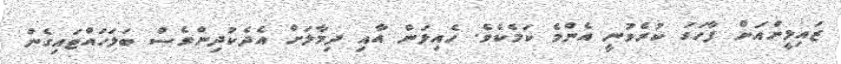
ޒައިލީންއަށް ފާހަގަ ކުރެވުނީ އެންމެ ކަމެކެވެ. ހެއިލަން އާއި ދިމާލަށް އެދެކުދިންވެސް ބަލަހައްޓައިގެން